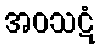
အဝသဋံ